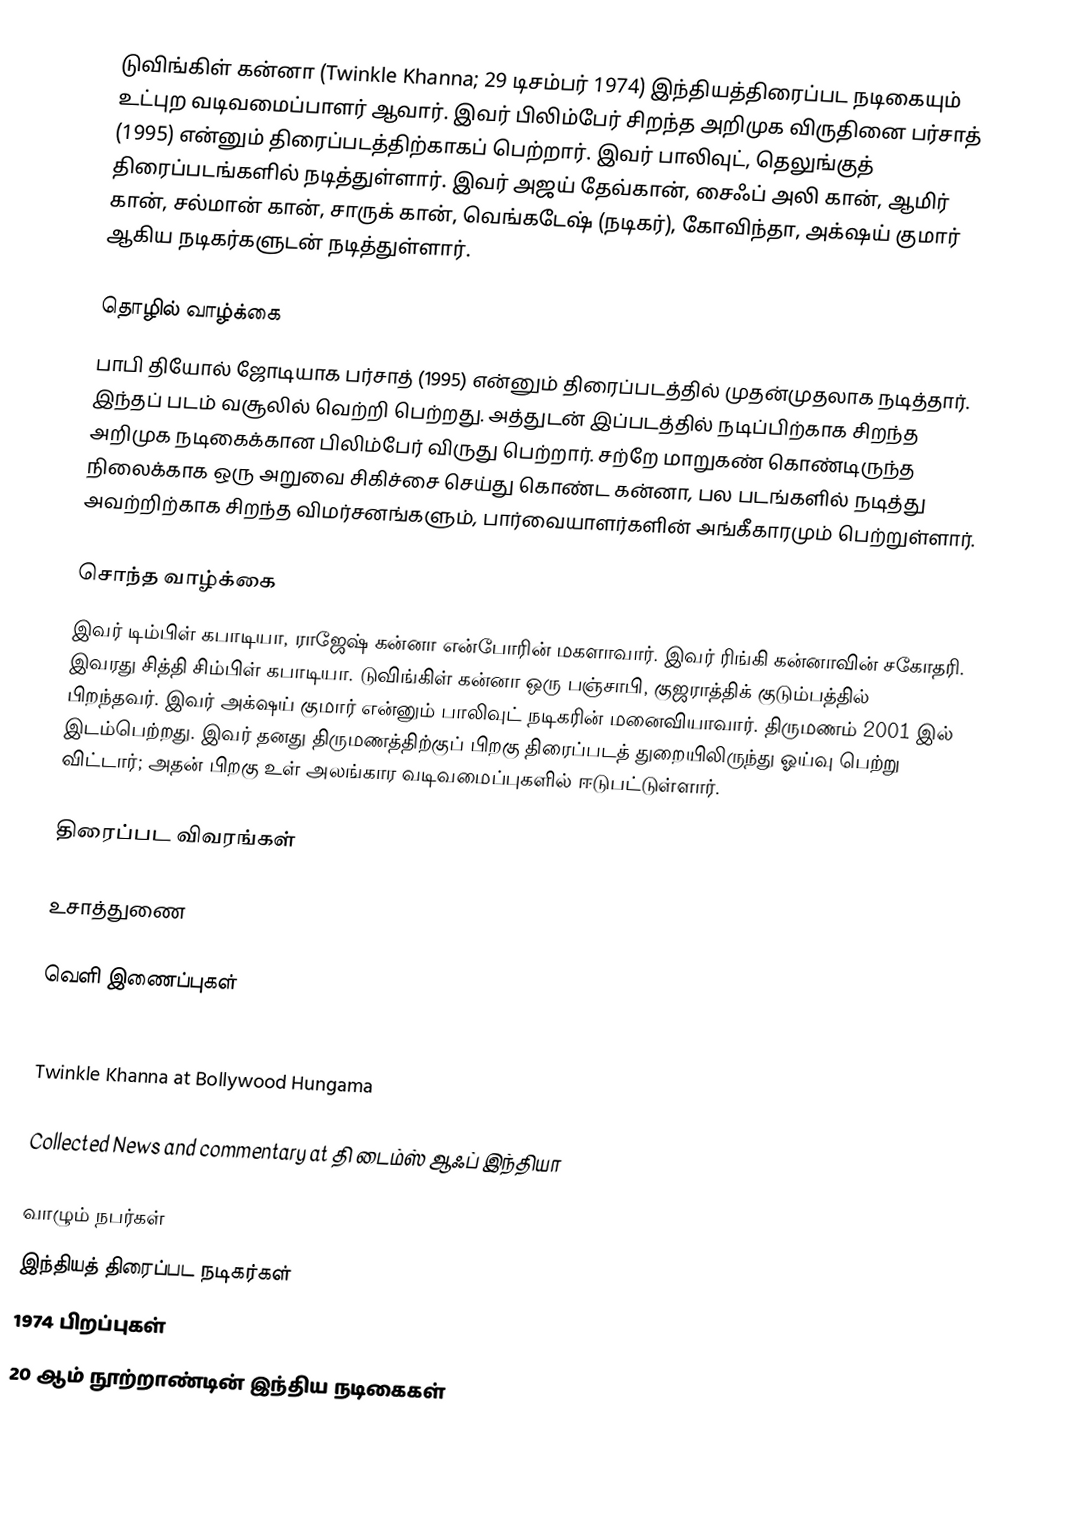
டுவிங்கிள் கன்னா (Twinkle Khanna; 29 டிசம்பர் 1974) இந்தியத்திரைப்பட நடிகையும் உட்புற வடிவமைப்பாளர் ஆவார். இவர் பிலிம்பேர் சிறந்த அறிமுக விருதினை பர்சாத் (1995) என்னும் திரைப்படத்திற்காகப் பெற்றார். இவர் பாலிவுட், தெலுங்குத் திரைப்படங்களில் நடித்துள்ளார். இவர் அஜய் தேவ்கான், சைஃப் அலி கான், ஆமிர் கான், சல்மான் கான், சாருக் கான், வெங்கடேஷ் (நடிகர்), கோவிந்தா, அக்‌ஷய் குமார் ஆகிய நடிகர்களுடன் நடித்துள்ளார்.

தொழில் வாழ்க்கை
பாபி தியோல் ஜோடியாக பர்சாத் (1995) என்னும் திரைப்படத்தில் முதன்முதலாக நடித்தார். இந்தப் படம் வசூலில் வெற்றி பெற்றது. அத்துடன் இப்படத்தில் நடிப்பிற்காக சிறந்த அறிமுக நடிகைக்கான பிலிம்பேர் விருது பெற்றார். சற்றே மாறுகண் கொண்டிருந்த நிலைக்காக ஒரு அறுவை சிகிச்சை செய்து கொண்ட கன்னா, பல படங்களில் நடித்து அவற்றிற்காக சிறந்த விமர்சனங்களும், பார்வையாளர்களின் அங்கீகாரமும் பெற்றுள்ளார்.

சொந்த வாழ்க்கை
இவர் டிம்பிள் கபாடியா, ராஜேஷ் கன்னா என்போரின் மகளாவார். இவர் ரிங்கி கன்னாவின் சகோதரி. இவரது சித்தி சிம்பிள் கபாடியா. டுவிங்கிள் கன்னா ஒரு பஞ்சாபி, குஜராத்திக் குடும்பத்தில் பிறந்தவர். இவர் அக்‌ஷய் குமார் என்னும் பாலிவுட் நடிகரின் மனைவியாவார். திருமணம் 2001 இல் இடம்பெற்றது. இவர் தனது திருமணத்திற்குப் பிறகு திரைப்படத் துறையிலிருந்து ஓய்வு பெற்று விட்டார்; அதன் பிறகு உள் அலங்கார வடிவமைப்புகளில் ஈடுபட்டுள்ளார்.

திரைப்பட விவரங்கள்

உசாத்துணை

வெளி இணைப்புகள்

 Twinkle Khanna at Bollywood Hungama

 Collected News and commentary at தி டைம்ஸ் ஆஃப் இந்தியா

வாழும் நபர்கள்
இந்தியத் திரைப்பட நடிகர்கள்
1974 பிறப்புகள்
20 ஆம் நூற்றாண்டின் இந்திய நடிகைகள்